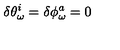
\delta \theta _ { \omega } ^ { i } = \delta \phi _ { \omega } ^ { a } = 0